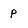
Character: p